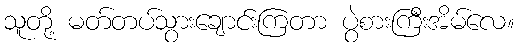
သူတို့ မတ်တပ်သွားချောင်းကြတာ ပွဲစားကြီးအိမ်လေ။